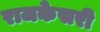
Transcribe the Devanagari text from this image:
राजकेसरी